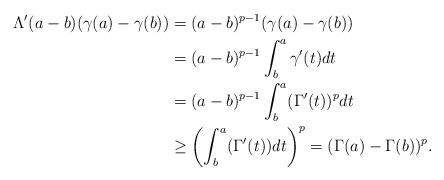
LaTeX: \begin{align*}\Lambda'(a-b)(\gamma(a)-\gamma(b)) &=(a-b)^{p-1} (\gamma(a)-\gamma(b)) \\&= (a-b)^{p-1} \int_{b}^{a} \gamma'(t) dt \\&= (a-b)^{p-1} \int_{b}^{a} (\Gamma'(t))^{p} dt \\&\geq \left(\int_{b}^{a} (\Gamma'(t)) dt\right)^{p}=( \Gamma(a)-\Gamma(b))^{p}.\end{align*}